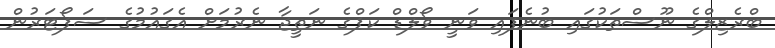
ބްރެޒިލްގެ ނޫސްތަކުގައި ބުނެފައި ވަނީ ވޯލްޑް ކަޕްގެ ނަތީޖާ ނެރުމަށް އެގައުމުގެ ސަޕޯޓަރުން